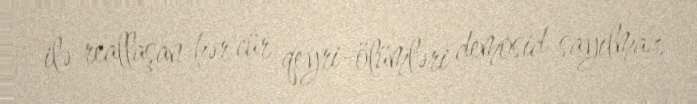
ilə reallaşan hər cür qeyri-ölümləri demosid sayılmaz.